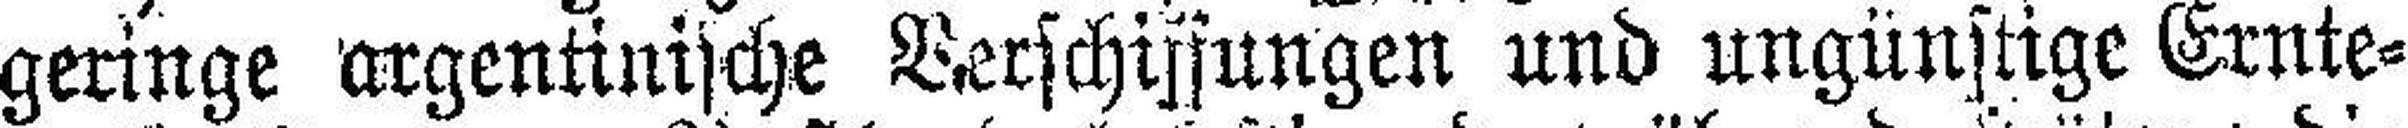
geringe argentinische Verschiffungen und ungünstige Ernte¬